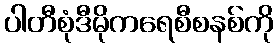
ပါတီစုံဒီမိုကရေစီစနစ်ကို